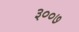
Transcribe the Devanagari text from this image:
३००७